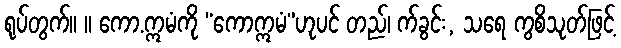
ရုပ်တွက်။ ။ ကော.ဣမံကို “ကောဣမံ”ဟုပင် တည်၊ က်ခွင်း, သရေ ကွစိသုတ်ဖြင့်